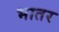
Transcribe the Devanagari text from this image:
भातर